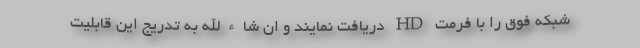
شبکه فوق را با فرمت HD دریافت نمایند و ان شاءالله به تدریج این قابلیت